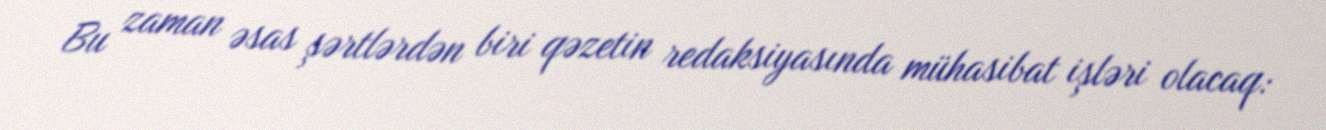
Bu zaman əsas şərtlərdən biri qəzetin redaksiyasında mühasibat işləri olacaq: